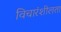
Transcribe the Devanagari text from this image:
विचारंशीलता